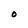
Character: 0